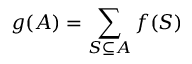
g ( A ) = \sum _ { S \subseteq A } f ( S )